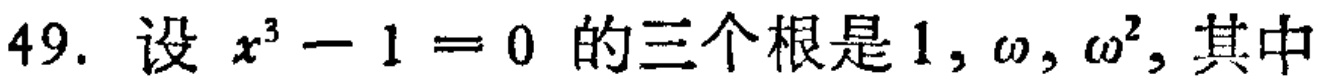
49. 设 \(x^{3}-1 = 0\) 的三个根是 \(1,\omega,\omega^{2}\), 其中